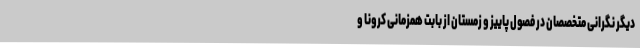
دیگر نگرانی متخصصان در فصول پاییز و زمستان از بابت همزمانی کرونا و